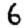
Digit: 6